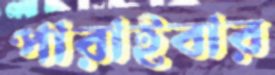
পারাইবার